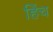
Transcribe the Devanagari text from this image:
हिंच